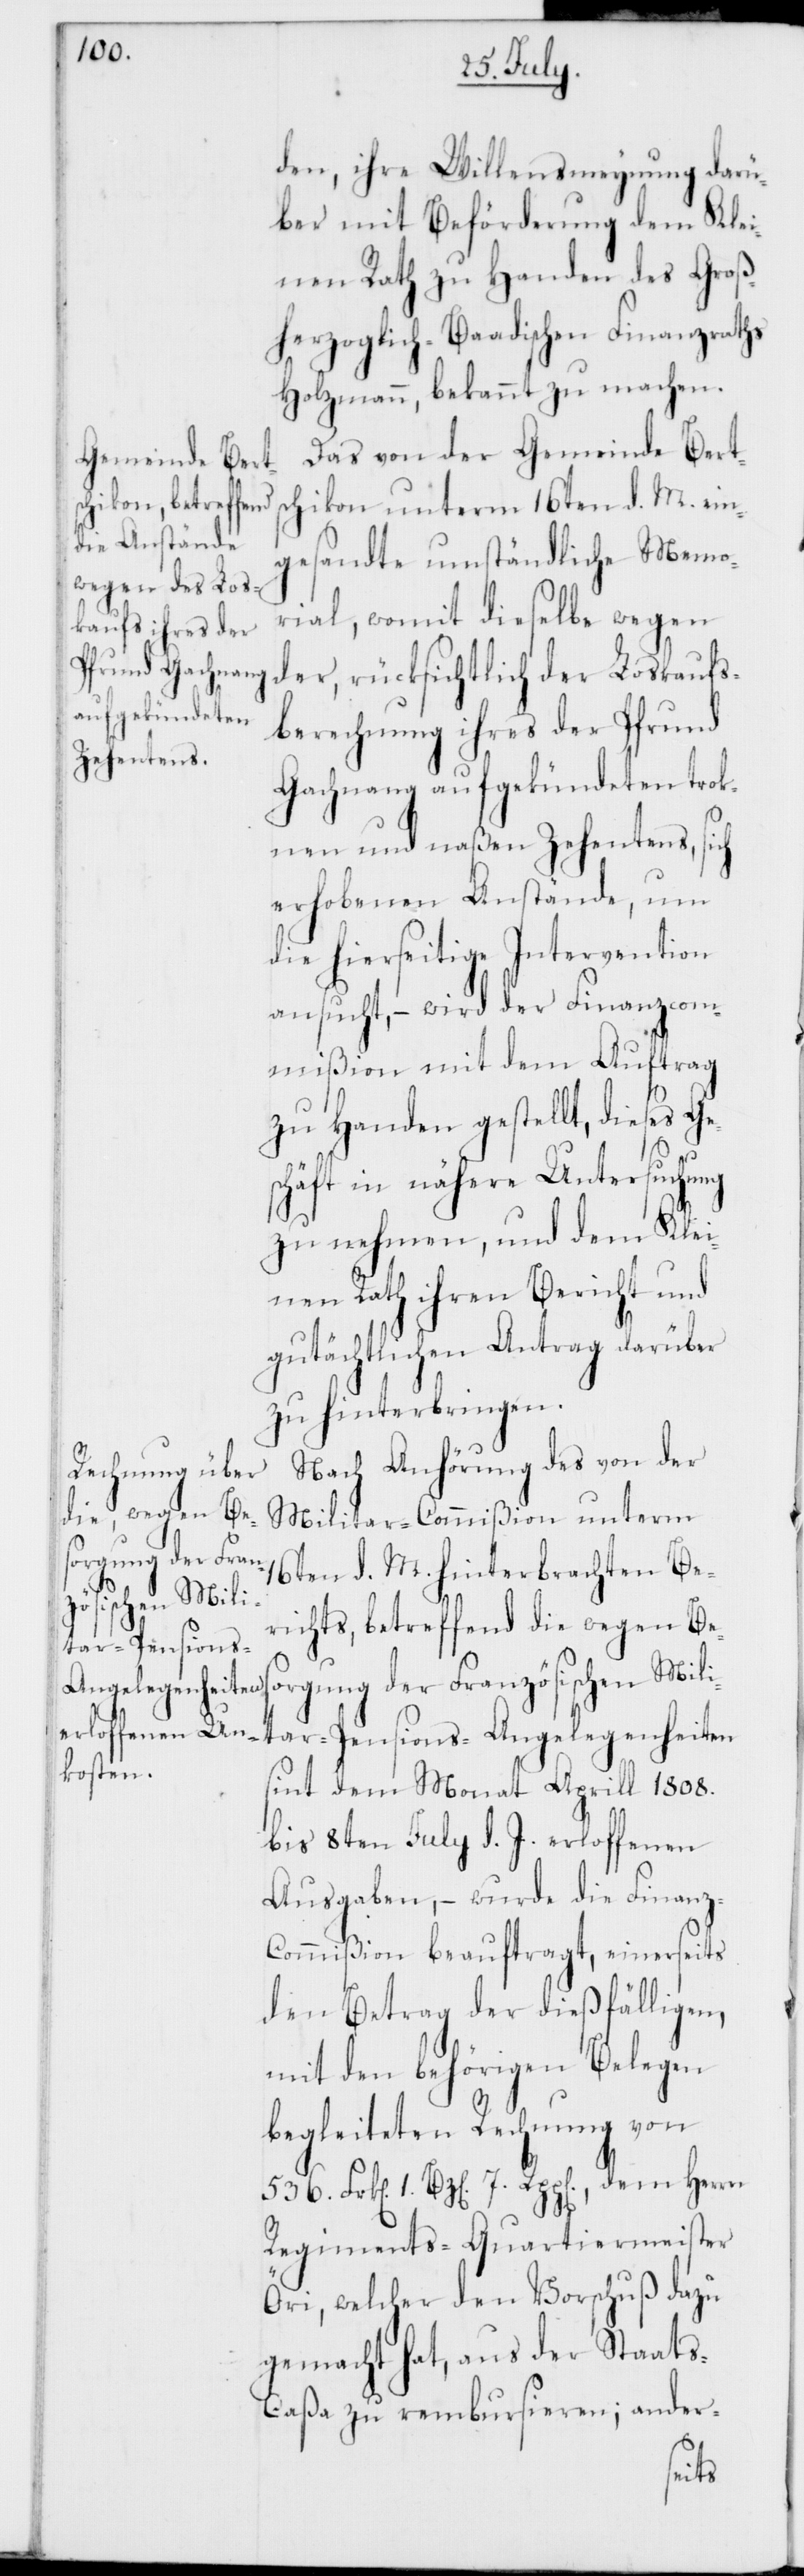
den, ihre Willensmeynung darü¬
ber mit Beförderung dem Klei¬
nen Rath zu Handen des Groß¬
herzoglich-Baadischen Finanzraths
Holzmann, bekannt zu machen.
Das von der Gemeinde Bert¬
schikon unterm 16ten d. M. ein¬
gesandte umständliche Memo¬
rial, womit dieselbe wegen
der, rücksichtlich der Loskaufs¬
berechnung ihres der Pfrund
Gachnang aufgekündeten trok¬
nen und naßen Zehentens, sich
erhobenen Anstände, um
die hierseitige Intervention
ansucht, – wird der Finanzcom¬
mißion mit dem Auftrag
zu Handen gestellt, dieses Ge¬
schäft in nähere Untersuchung
zu nehmen, und dem Klei¬
nen Rath ihren Bericht und
gutächtlichen Antrag darüber
zu hinterbringen.
Nach Anhörung des von der
Militar-Commißion unterm
16ten d. M. hinterbrachten Be¬
richts, betreffend die wegen Bes¬
orgung der Französischen Mili¬
tar-Pensions-Angelegenheiten
sint dem Monat Aprill 1808.
bis 8ten Julii d. J. erloffenen
Ausgaben, – wurde die Finanz-C¬
ommißion beauftragt, einerseits
den Betrag der dießfälligen,
mit den behörigen Belegen
begleiteten Rechnung von
Regiments-Quartiermeister
Öri, welcher den Vorschuß dazu
gemacht hat, aus der Staat¬
s-Caßa zu rembursieren; ander-